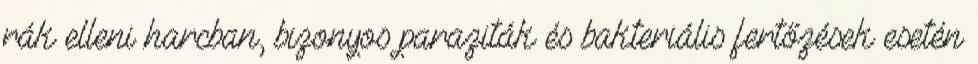
rák elleni harcban, bizonyos paraziták és bakteriális fertőzések esetén